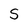
Character: S